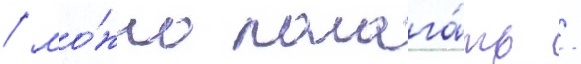
/ мо́жно полага́ть /